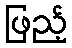
ဖြည့်